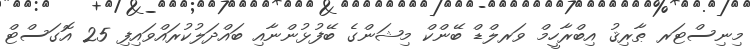
މިނިސްޓަރ ޠާރިޤު އިބްރާހީމް ވަރލްޑް ބޭންކް މިޝަންގެ ބޭފުޅުންނާއި ބައްދަލުކުރައްވައިފި 25 އޮގަސްޓް